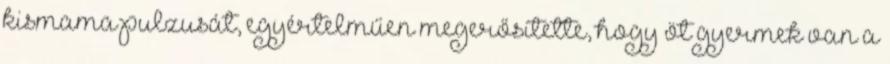
kismama pulzusát, egyértelműen megerősítette, hogy öt gyermek van a